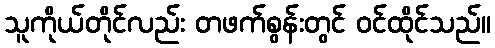
သူကိုယ်တိုင်လည်း တဖက်စွန်းတွင် ဝင်ထိုင်သည်။